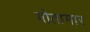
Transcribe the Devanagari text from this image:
गोतामार